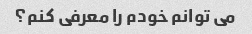
می توانم خودم را معرفی کنم؟